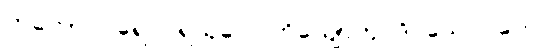
တတော ပရေ ပရသုဝေ၊ ဟိယျောတု ဒိဝသေ ဂတေ။